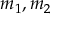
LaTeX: m _ { 1 } , m _ { 2 }